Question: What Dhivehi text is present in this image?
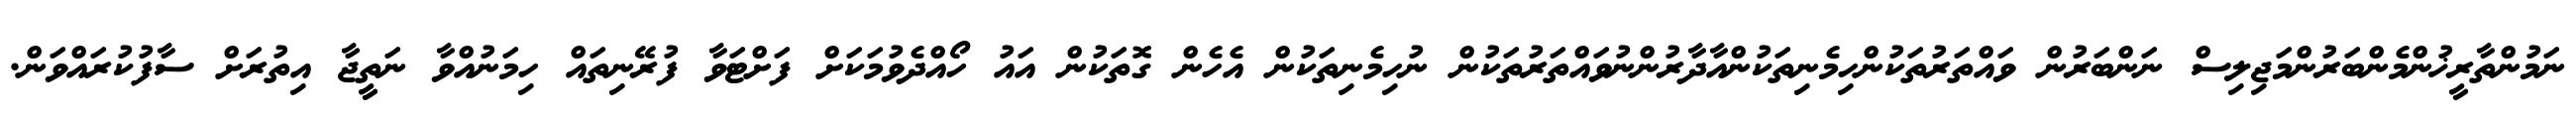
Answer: ނަމުންތާރީޚުންމެންބަރުންމަޖިލިސް ނަންބަރުން ވައްތަރުތަކުންހިމެނިތަކުންއާދާރުންނުވައްތަރުތަކުން ނުހިމެނިތަކުން އެހެން ގޮތަކުން އައު ހޯއްދެވުމަކަށް ފަށްޓަވާ ފުރޭނިތައް ހިމަނުއްވާ ނަތީޖާ އިތުރަށް ސާފުކުރައްވަން.